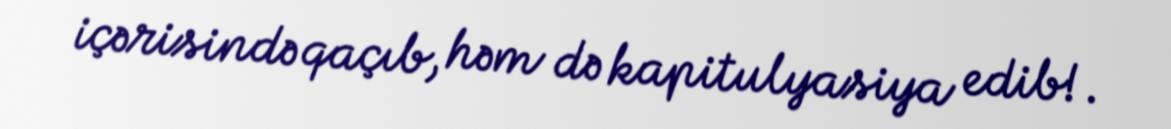
içərisində qaçıb, həm də kapitulyasiya edib!.